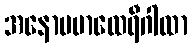
အနောပမာထေရီဂါထာ